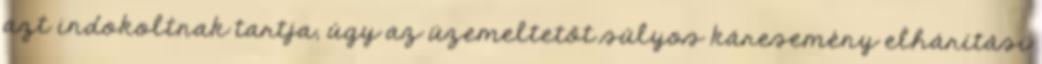
azt indokoltnak tartja, úgy az üzemeltetőt súlyos káresemény elhárítási